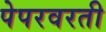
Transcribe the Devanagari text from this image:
पेपरवरती